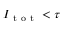
I _ { \mathrm { ~ t ~ o ~ t ~ } } < \tau